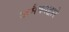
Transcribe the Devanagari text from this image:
जमैकाद्वारे